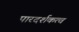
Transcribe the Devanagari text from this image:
पारदर्शकत्व